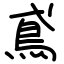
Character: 鳶